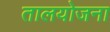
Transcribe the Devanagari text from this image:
तालयोजना